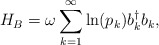
\begin{align*}H_{B}=\omega\sum_{k=1}^{\infty}\ln(p_{k})b^{\dagger}_{k}b_{k},\end{align*}